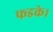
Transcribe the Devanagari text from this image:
फडके।